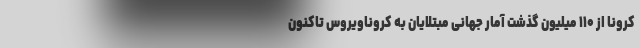
کرونا از ۱۱۰ میلیون گذشت آمار جهانیِ مبتلایان به کروناویروس تاکنون